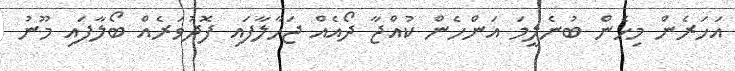
އަހަރެން މިހެން ބުނެލީމަ އަންހެން ކުއްޖާ ދޯއެއް ޖަހާލާފައި ފޮދުވަރެއް ބޯލާފައި މޫނު